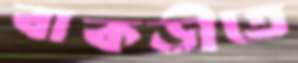
বাকড়ীতে